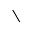
\setminus